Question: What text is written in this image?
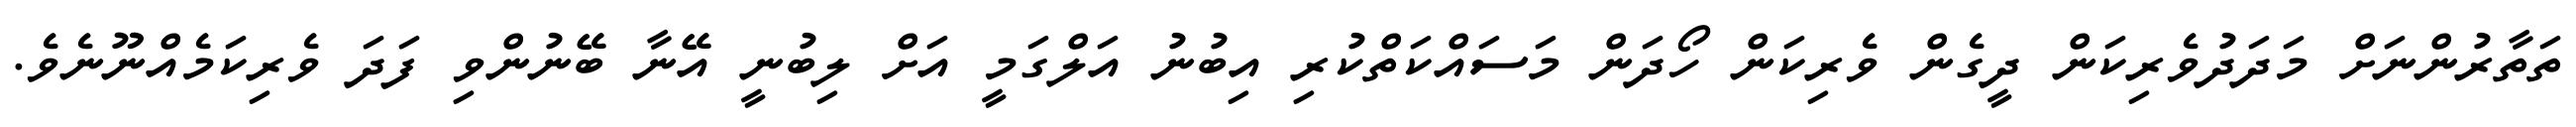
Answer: ތަތާރުންނަށް މަދަދުވެރިކަން ދީގެން ވެރިކަން ހޯދަން މަސައްކަތްކުރި އިބުނު އަލްގަމީ އަށް ލިބުނީ އޭނާ ބޭނުންވި ފަދަ ވެރިކަމެއްނޫނެވެ.